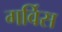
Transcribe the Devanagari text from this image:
गर्विस